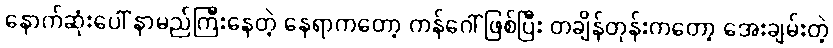
နောက်ဆုံးပေါ် နာမည်ကြီးနေတဲ့ နေရာကတော့ ကန်ဂေါ် ဖြစ်ပြီး တချိန်တုန်းကတော့ အေးချမ်းတဲ့